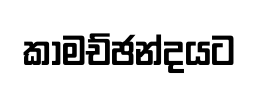
කාමච්ඡන්දයට